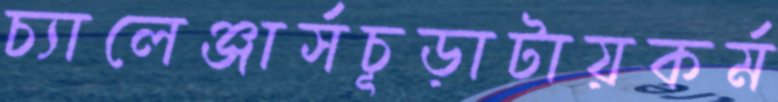
চ্যালেঞ্জার্সচূড়াটায়কর্ম